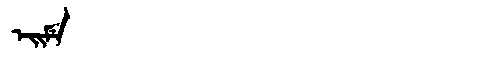
Manchu: ᡝᡳᠮᡝ
Romanization: EIME